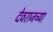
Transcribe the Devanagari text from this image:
देवराजच्या